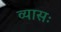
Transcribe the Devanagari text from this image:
व्यासः